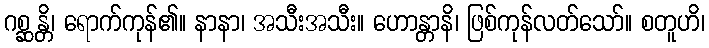
ဂစ္ဆန္တိ၊ ရောက်ကုန်၏။ နာနာ၊ အသီးအသီး။ ဟောန္တာနိ၊ ဖြစ်ကုန်လတ်သော်။ စတူဟိ၊